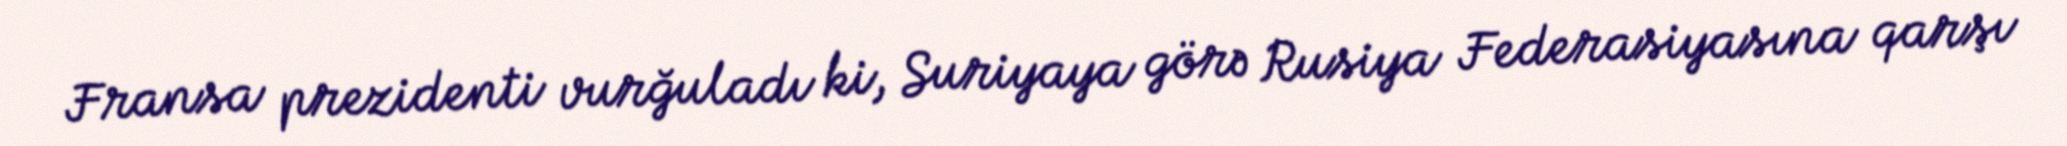
Fransa prezidenti vurğuladı ki, Suriyaya görə Rusiya Federasiyasına qarşı